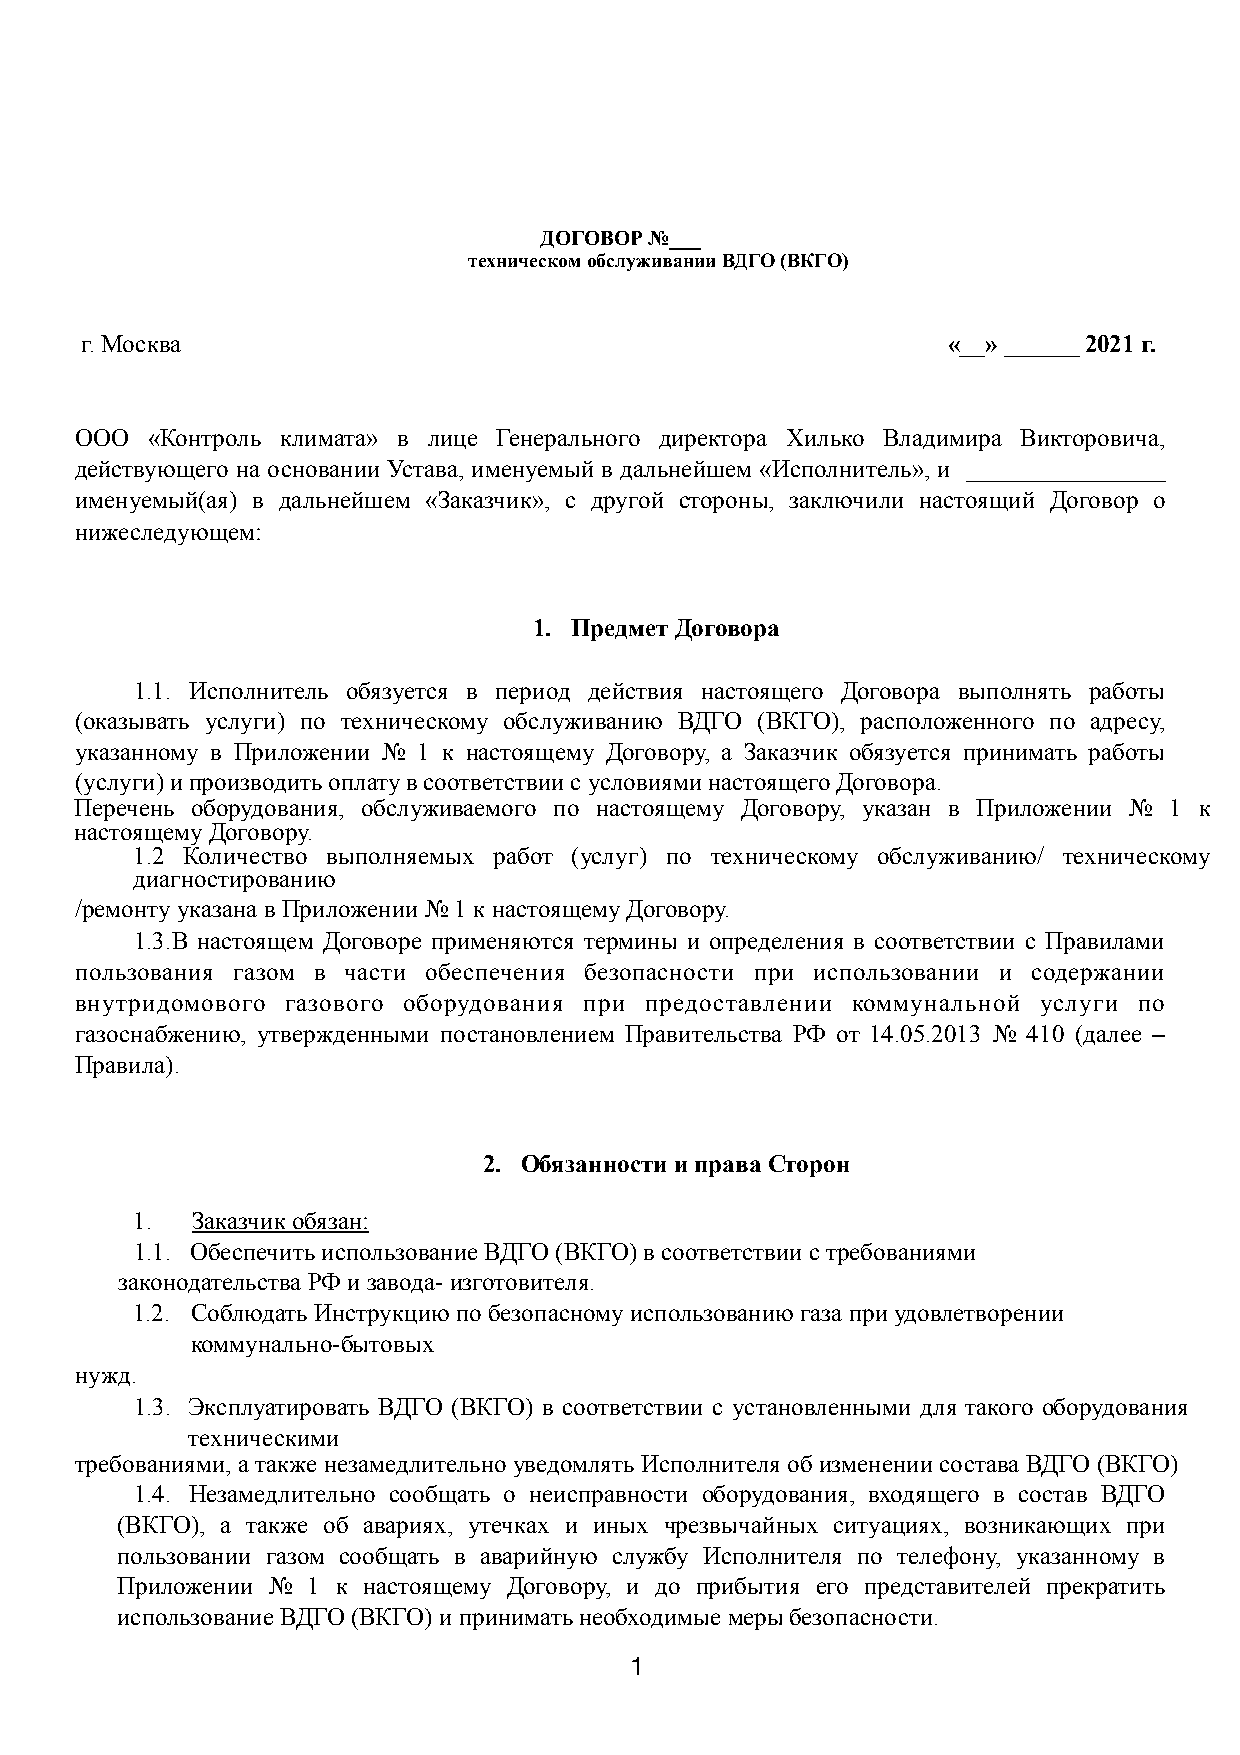
ДОГОВОР №___
 техническом обслуживании ВДГО (ВКГО)
 г. Москва                                                 «__» ______ 2021 г.
 ООО  «Контроль климата» в лице Генерального директора Хилько Владимира Викторовича,
 действующего на основании Устава, именуемый в дальнейшем «Исполнитель», и ________________
 именуемый(ая) в дальнейшем «Заказчик», с другой стороны, заключили настоящий Договор о
 нижеследующем:
 1. Предмет Договора
 1.1. Исполнитель обязуется в период действия настоящего Договора выполнять работы
 (оказывать услуги) по техническому обслуживанию ВДГО (ВКГО), расположенного по адресу,
 указанному в Приложении № 1 к настоящему Договору, а Заказчик обязуется принимать работы
 (услуги) и производить оплату в соответствии с условиями настоящего Договора.
 Перечень оборудования, обслуживаемого по настоящему Договору, указан в Приложении № 1 к
 настоящему Договору.
 1.2 Количество выполняемых работ (услуг) по техническому обслуживанию/ техническому
 диагностированию
 /ремонту указана в Приложении № 1 к настоящему Договору.
 1.3.В настоящем Договоре применяются термины и определения в соответствии с Правилами
 пользования газом в части обеспечения безопасности при использовании и содержании
 внутридомового газового оборудования при предоставлении коммунальной услуги по
 газоснабжению, утвержденными постановлением Правительства РФ от 14.05.2013 № 410 (далее –
 Правила).
 2. Обязанности и права Сторон
 1.  Заказчик обязан:
 1.1. Обеспечить использование ВДГО (ВКГО) в соответствии с требованиями
 законодательства РФ и завода- изготовителя.
 1.2. Соблюдать Инструкцию по безопасному использованию газа при удовлетворении
 коммунально-бытовых
 нужд.
 1.3. Эксплуатировать ВДГО (ВКГО) в соответствии с установленными для такого оборудования
 техническими
 требованиями, а также незамедлительно уведомлять Исполнителя об изменении состава ВДГО (ВКГО)
 1.4. Незамедлительно сообщать о неисправности оборудования, входящего в состав ВДГО
 (ВКГО), а также об авариях, утечках и иных чрезвычайных ситуациях, возникающих при
 пользовании газом сообщать в аварийную службу Исполнителя по телефону, указанному в
 Приложении № 1 к настоящему Договору, и до прибытия его представителей прекратить
 использование ВДГО (ВКГО) и принимать необходимые меры безопасности.
 1